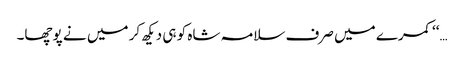
…‘‘ کمرے میں صرف سلامہ شاہ کو ہی دیکھ کر میں نے پوچھا۔